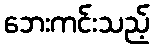
ဘေးကင်းသည့်